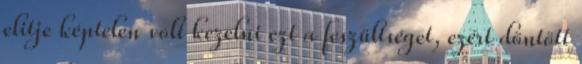
elitje képtelen volt kezelni ezt a feszültséget, ezért döntött